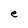
Character: e